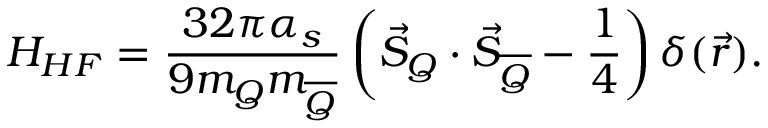
H _ { H F } = \frac { 3 2 \pi \alpha _ { s } } { 9 m _ { Q } m _ { \overline { { { Q } } } } } \left( \vec { S } _ { Q } \cdot \vec { S } _ { \overline { { { Q } } } } - \frac { 1 } { 4 } \right) \delta ( \vec { r } ) .